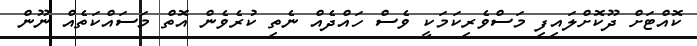
ކޮއްޓަށް ދޫކޮށްލައިފި މަސްވެރިކަމަކީ ވެސް ހައްދެއް ނެތި ކުރެވެން އޮތް މަސައްކަތެއް ނޫން